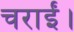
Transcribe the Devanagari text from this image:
चराईं।